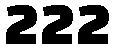
222